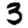
Digit: 3